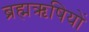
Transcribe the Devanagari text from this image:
ब्रह्मऋषियों